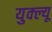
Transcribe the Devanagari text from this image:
युक्ल्यू